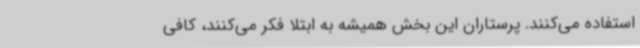
استفاده می‌کنند. پرستاران این بخش همیشه به ابتلا فکر می‌کنند، کافی